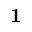
\mathbf { 1 }